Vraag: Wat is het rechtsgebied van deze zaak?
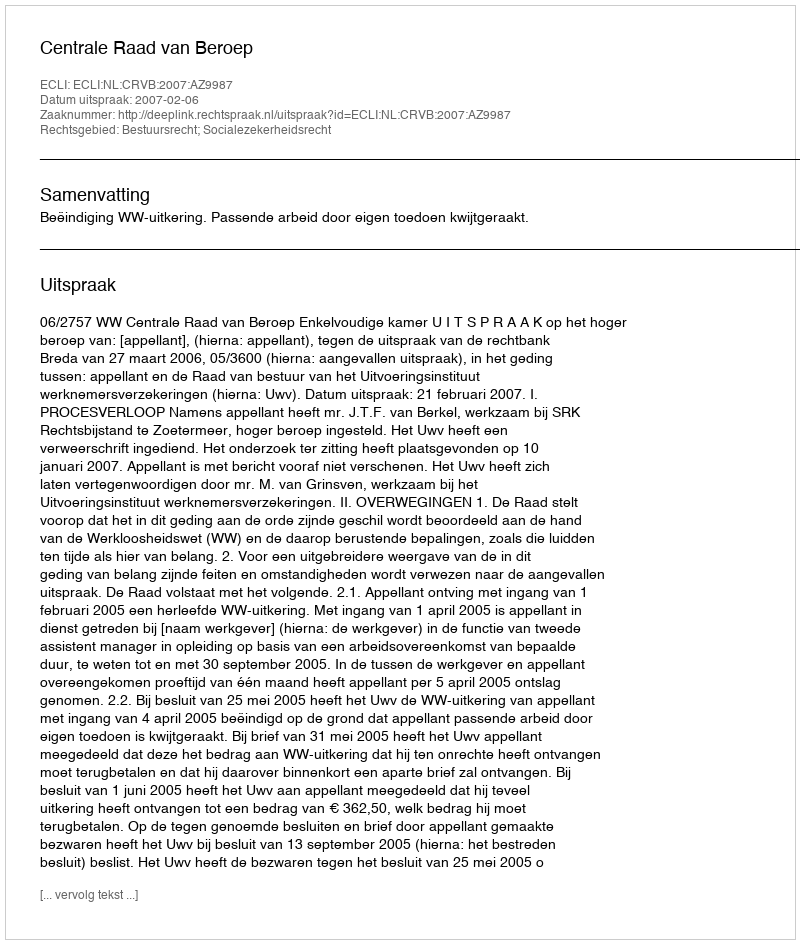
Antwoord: Bestuursrecht; Socialezekerheidsrecht